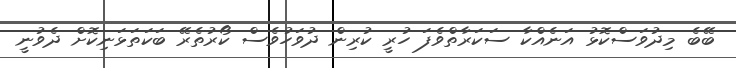
ބޭބެ މިދުވަސްކޮޅު އަނެއްކާ ސަކަރާތްވެފަ ހުރީ ކުރިން ދުވަހުވެސް ކޯރުތެރޭ ބަކަތަޅަނިކޮށް ދެވުނީ